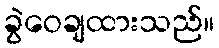
ခွဲဝေချထားသည်။